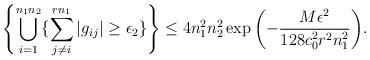
LaTeX: \begin{align*}\left\{ \bigcup_{i=1}^{n_1n_2} \{ \sum_{j\neq i}^{r n_1}\left| g_{ij} \right| \geq \epsilon_2 \}\right\} \leq 4 n_1^2 n_2^2 \exp{\left( - \frac{ M \epsilon^2 }{128 c_0^2 r^2 n_1^2} \right)}.\end{align*}